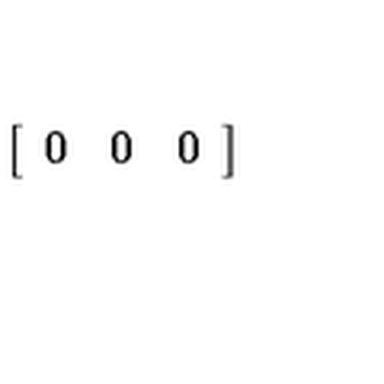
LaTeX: \left[ \begin{array} { c c c } { 0 } & { 0 } & { 0 } \\ \end{array} \right]